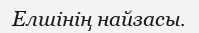
Елшінің найзасы.